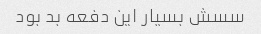
سسش بسیار این دفعه بد بود